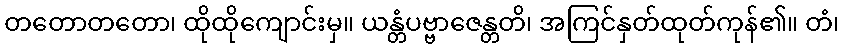
တတောတတော၊ ထိုထိုကျောင်းမှ။ ယန္တံပဗ္ဗာဇေန္တတိ၊ အကြင်နှတ်ထုတ်ကုန်၏။ တံ၊